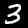
Digit: 3